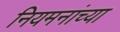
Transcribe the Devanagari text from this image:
नियमनांच्या